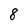
Character: 8